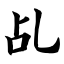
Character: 乩